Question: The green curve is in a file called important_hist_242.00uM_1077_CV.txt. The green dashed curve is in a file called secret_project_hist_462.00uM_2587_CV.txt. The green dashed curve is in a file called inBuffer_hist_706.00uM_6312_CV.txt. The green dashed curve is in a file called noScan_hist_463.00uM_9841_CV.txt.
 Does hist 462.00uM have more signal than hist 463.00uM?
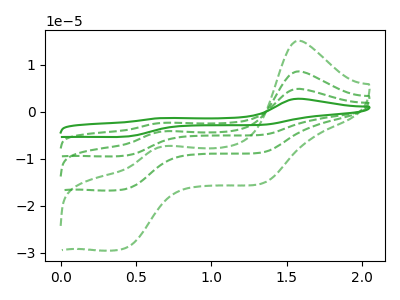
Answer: <think>The green curve "hist 242.00uM" has anodic peaks at (1.60V, 25.70uA) (0.70V, -12.45uA) and cathodic peaks at (0.45V, -49.40uA) (1.35V, -25.90uA). The green dashed curve "hist 462.00uM" has anodic peaks at (1.60V, 15.10uA) (0.70V, -7.30uA) and cathodic peaks at (0.45V, -29.00uA) (1.35V, -15.20uA). The green dashed curve "hist 706.00uM" has anodic peaks at (1.60V, 17.15uA) (0.70V, -8.30uA) and cathodic peaks at (0.45V, -32.95uA) (1.35V, -17.30uA). The green dashed curve "hist 463.00uM" has anodic peaks at (1.60V, 8.55uA) (0.70V, -4.15uA) and cathodic peaks at (0.45V, -16.45uA) (1.35V, -8.65uA).
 All the peaks in "hist 462.00uM" have a peak in "hist 463.00uM" at the same potential.</think>
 <answer>I cant tell if "hist 462.00uM" or "hist 463.00uM" has more signal.</answer>
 <eval>mixed_signal</eval>